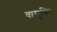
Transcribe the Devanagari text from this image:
वासुकिः